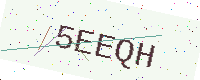
Text: 5EEQH